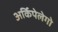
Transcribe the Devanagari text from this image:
अर्किपेलेगो